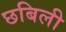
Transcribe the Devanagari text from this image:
छबिली